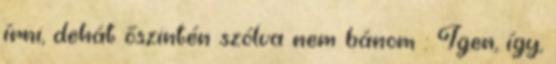
írni, dehát őszintén szólva nem bánom : Igen, így,